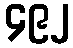
၄၉၂